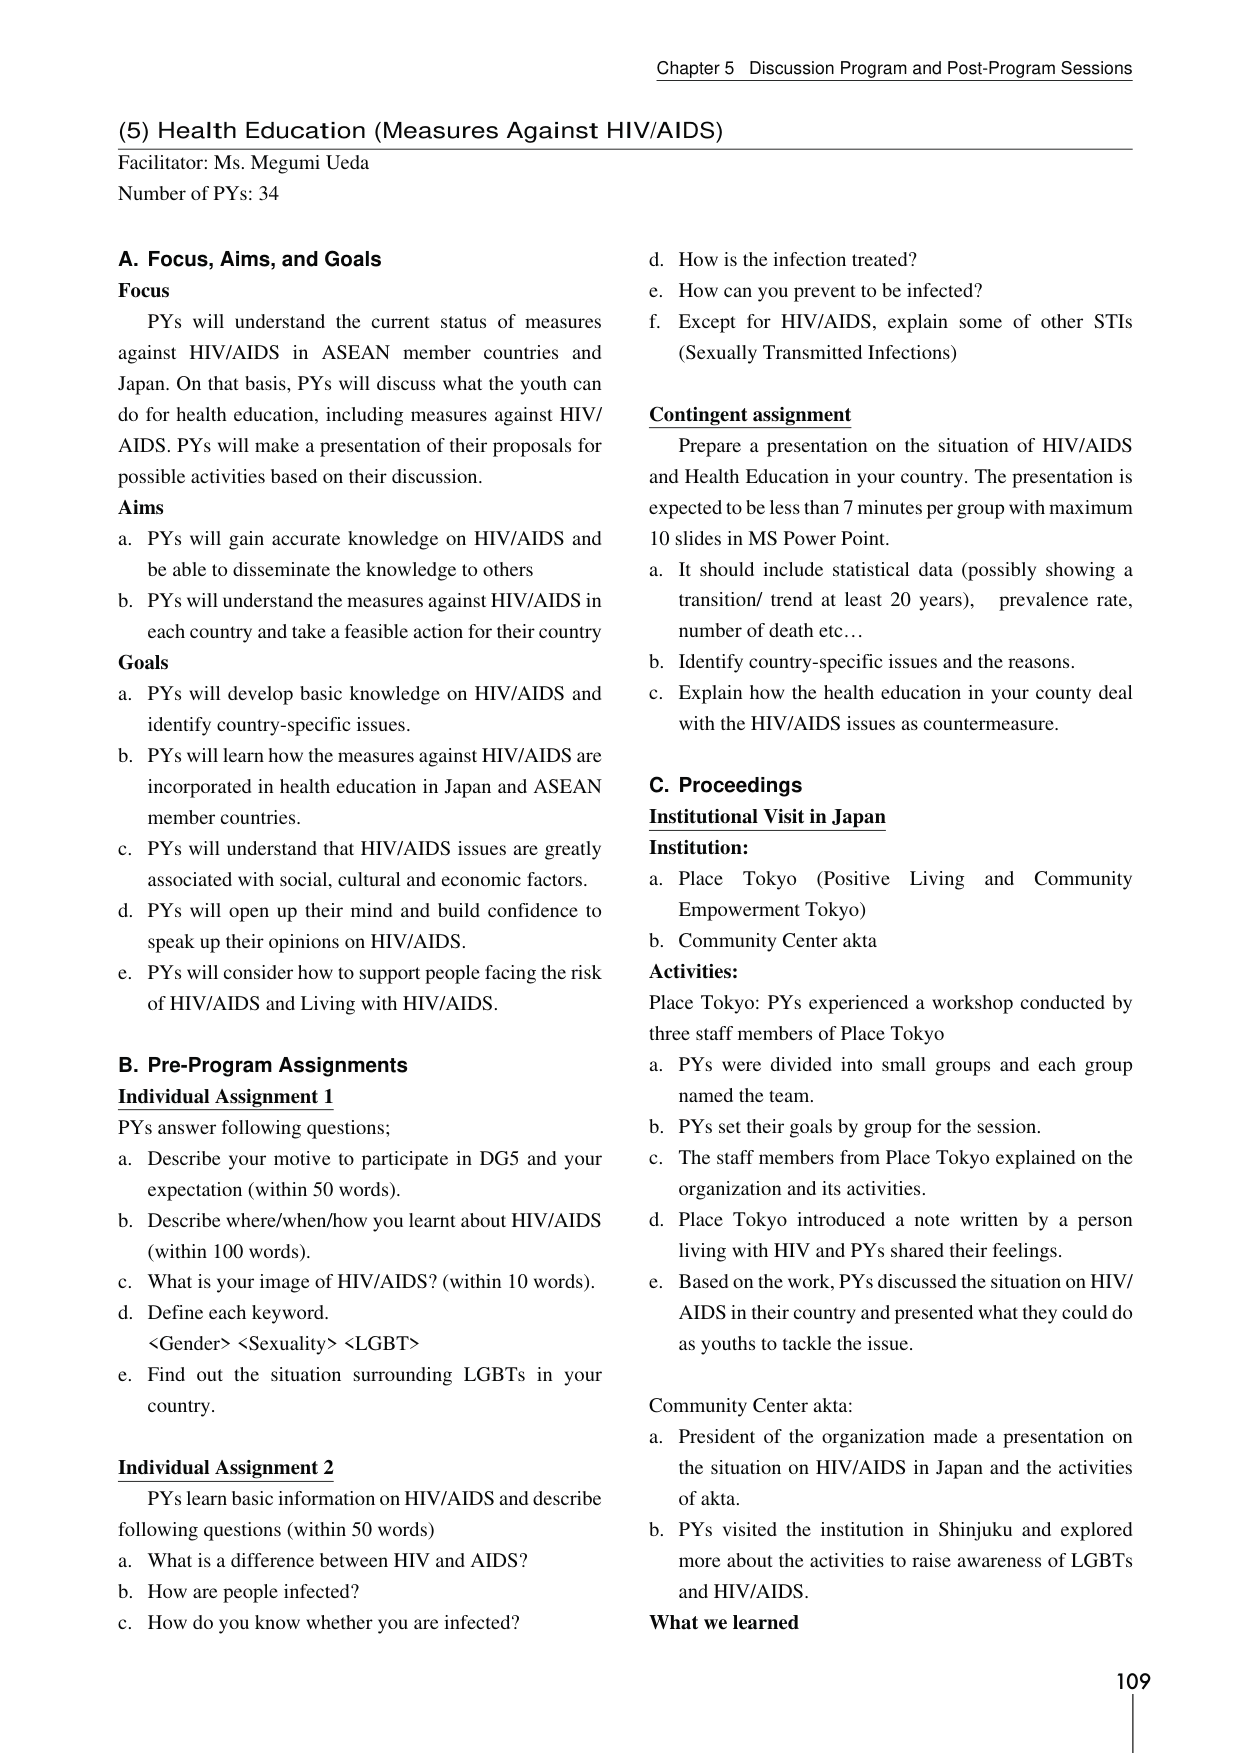
Chapter 5 Discussion Program and Post-Program Sessions

(5) Health Education (Measures Against HIV/AIDS)
Facilitator: Ms. Megumi Ueda
Number of PYs: 34

A. Focus, Aims, and Goals
Focus
PYs will understand the current status of measures against HIV/AIDS in ASEAN member countries and Japan. On that basis, PYs will discuss what the youth can do for health education, including measures against HIV/AIDS. PYs will make a presentation of their proposals for possible activities based on their discussion.

Aims
a. PYs will gain accurate knowledge on HIV/AIDS and be able to disseminate the knowledge to others
b. PYs will understand the measures against HIV/AIDS in each country and take a feasible action for their country

Goals
a. PYs will develop basic knowledge on HIV/AIDS and identify country-specific issues.
b. PYs will learn how the measures against HIV/AIDS are incorporated in health education in Japan and ASEAN member countries.
c. PYs will understand that HIV/AIDS issues are greatly associated with social, cultural and economic factors.
d. PYs will open up their mind and build confidence to speak up their opinions on HIV/AIDS.
e. PYs will consider how to support people facing the risk of HIV/AIDS and Living with HIV/AIDS.

B. Pre-Program Assignments
Individual Assignment 1
PYs answer following questions;
a. Describe your motive to participate in DG5 and your expectation (within 50 words).
b. Describe where/when/how you learnt about HIV/AIDS (within 100 words).
c. What is your image of HIV/AIDS? (within 10 words).
d. Define each keyword.
<Gender> <Sexuality> <LGBT>
e. Find out the situation surrounding LGBTs in your country.

Individual Assignment 2
PYs learn basic information on HIV/AIDS and describe following questions (within 50 words)
a. What is a difference between HIV and AIDS?
b. How are people infected?
c. How do you know whether you are infected?
d. How is the infection treated?
e. How can you prevent to be infected?
f. Except for HIV/AIDS, explain some of other STIs (Sexually Transmitted Infections)

Contingent assignment
Prepare a presentation on the situation of HIV/AIDS and Health Education in your country. The presentation is expected to be less than 7 minutes per group with maximum 10 slides in MS Power Point.
a. It should include statistical data (possibly showing a transition/ trend at least 20 years), prevalence rate, number of death etc...
b. Identify country-specific issues and the reasons.
c. Explain how the health education in your county deal with the HIV/AIDS issues as countermeasure.

C. Proceedings
Institutional Visit in Japan
Institution:
a. Place Tokyo (Positive Living and Community Empowerment Tokyo)
b. Community Center akta

Activities:
Place Tokyo: PYs experienced a workshop conducted by three staff members of Place Tokyo
a. PYs were divided into small groups and each group named the team.
b. PYs set their goals by group for the session.
c. The staff members from Place Tokyo explained on the organization and its activities.
d. Place Tokyo introduced a note written by a person living with HIV and PYs shared their feelings.
e. Based on the work, PYs discussed the situation on HIV/AIDS in their country and presented what they could do as youths to tackle the issue.

Community Center akta:
a. President of the organization made a presentation on the situation on HIV/AIDS in Japan and the activities of akta.
b. PYs visited the institution in Shinjuku and explored more about the activities to raise awareness of LGBTs and HIV/AIDS.

What we learned

109